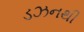
ડઝનથી